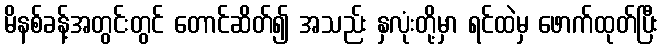
မိနစ်ခန့်အတွင်းတွင် တောင်ဆိတ်၍ အသည်း နှလုံးတို့မှာ ရင်ထဲမှ ဖောက်ထုတ်ပြီး